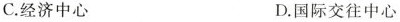
C.经济中心 D.国际交往中心